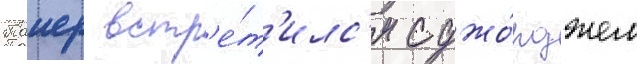
Таиер встр'е́т'илс'я с джо́рджем